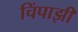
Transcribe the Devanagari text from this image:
चिंपाझी